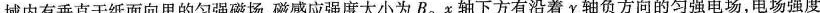
域内有垂直于纸面向里的匀强磁场，磁感应强度大小为B。x轴下方有沿着y轴负方向的匀强电场，电场强度